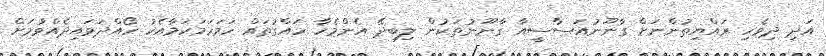
އަދި ދިވެހި ރައްޔިތުންނަށް ގާނޫނުއަސާސީއާ ގާނޫނުތަކުން ލިބިދޭ އެންމެހާ ހައްގުތައް ހަމަހަމަކަމާއެކު ހޯއްދަވައިދެއްވުމަށް